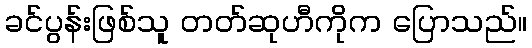
ခင်ပွန်းဖြစ်သူ တတ်ဆုဟီကိုက ပြောသည်။